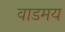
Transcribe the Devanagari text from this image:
वाडमय